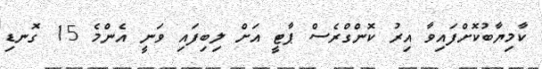
ކާމިޔާބުކޮށްފައިވާ އިރު ކޮންގްރެސް ޕާޓީ އަށް ލިބިފައި ވަނީ އެންމެ 15 ގޮނޑި